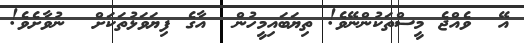
އޭ  ވެއްޖެ މީސްތަކުންނޭވެ! ތިޔަބައިމީހުން  އާގެ ފިޔަވަޅުތަކަށް  ނުވާށެވެ!